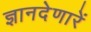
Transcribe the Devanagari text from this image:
ज्ञानदेणारें